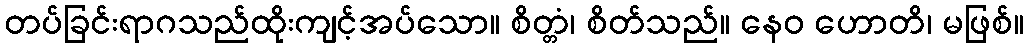
တပ်ခြင်းရာဂသည်ထိုးကျင့်အပ်သော။ စိတ္တံ၊ စိတ်သည်။ နေဝ ဟောတိ၊ မဖြစ်။